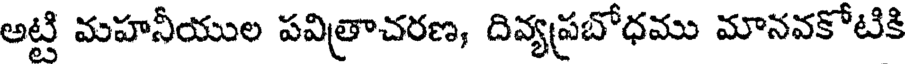
అట్టి మహనీయుల పవిత్రాచరణ, దివ్యప్రబోధము మానవకోటికి